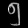
Digit: ၅